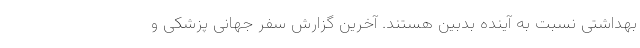
بهداشتی نسبت به آینده بدبین هستند. آخرین گزارش سفر جهانی پزشکی و